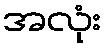
အလုံး